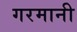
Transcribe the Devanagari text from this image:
गरमानी